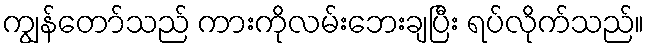
ကျွန်တော်သည် ကားကိုလမ်းဘေးချပြီး ရပ်လိုက်သည်။